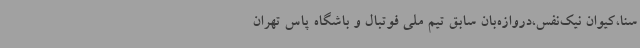
سنا،کیوان نیک‌نفس،دروازه‌بان سابق تیم ملی فوتبال و باشگاه پاس تهران